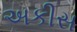
અકીસ